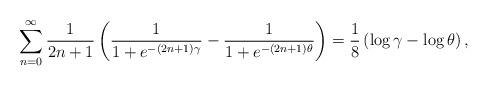
LaTeX: \begin{align*}\sum\limits_{n=0}^{\infty}\frac{1}{2n+1}\left( \frac{1}{1+e^{-\left(2n+1\right) \gamma}}-\frac{1}{1+e^{-\left( 2n+1\right) \theta}}\right)=\frac{1}{8}\left( \log\gamma-\log\theta\right) ,\end{align*}